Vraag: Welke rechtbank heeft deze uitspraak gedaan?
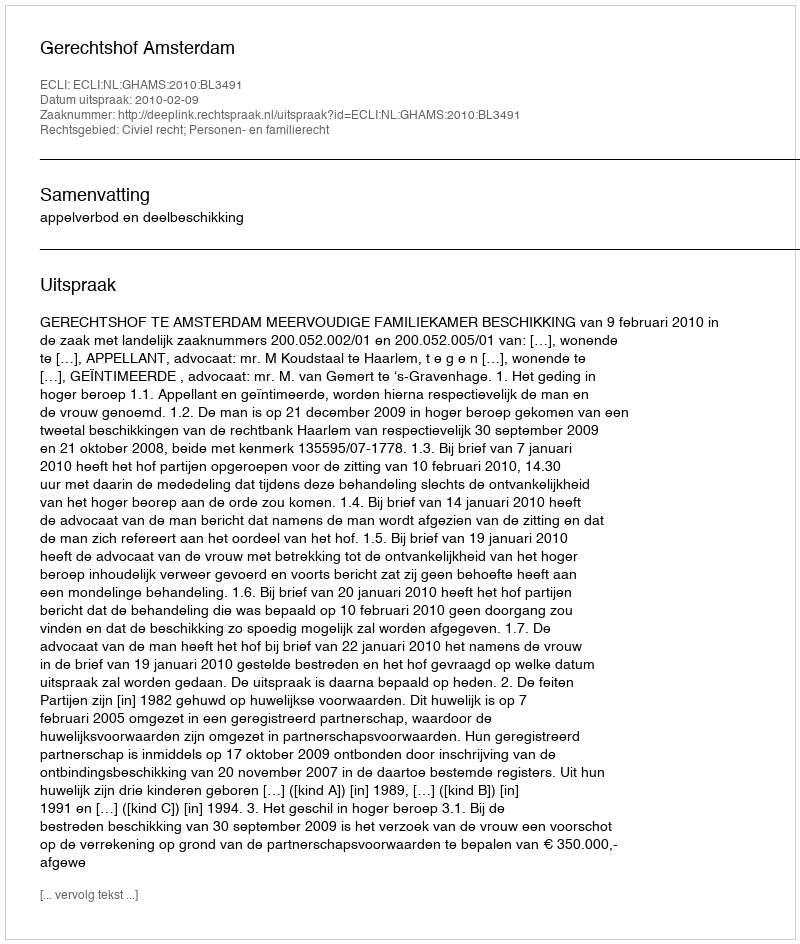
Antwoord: Gerechtshof Amsterdam